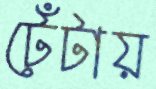
টেঁটায়